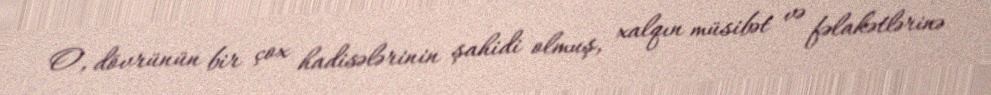
O, dövrünün bir çox hadisələrinin şahidi olmuş, xalqın müsibət və fəlakətlərinə